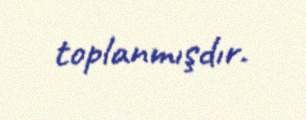
toplanmışdır.